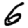
Digit: 6